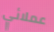
عملائي